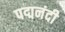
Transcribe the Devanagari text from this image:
पद्मनंदी